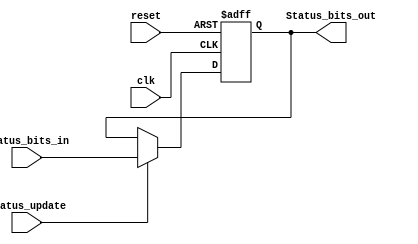
module status_register(
    input clk, reset, Status_update,
    input [3 : 0]Status_bits_in,
    output reg[3 : 0]Status_bits_out
);
    
always @(negedge clk, posedge reset) begin
    if(reset)
       Status_bits_out = 4'b0;
    else if (Status_update)
       Status_bits_out = Status_bits_in;
    end

endmodule